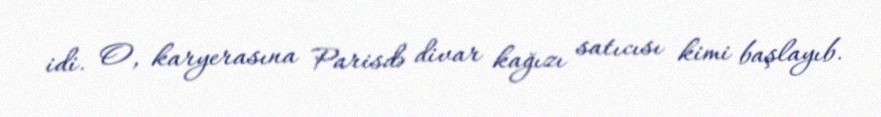
idi. O, karyerasına Parisdə divar kağızı satıcısı kimi başlayıb.